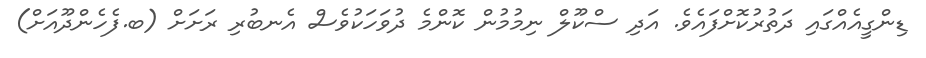
ޑިންގީއެއްގައި ދަތުރުކޮށްފައެވެ. އަދި ސްކޫލް ނިމުމުން ކޮންމެ ދުވަހަކުވެސް އެނބުރި ރަށަށް (ބ.ފެހެންދޫއަށް)